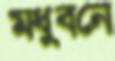
মধুবনে